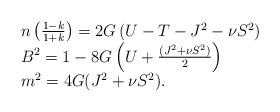
LaTeX: \begin{align*}\begin{array}{ll}n\left(\frac{1-k}{1+k}\right) = 2G\left( U - T - J^2 - \nu S^2\right)\\B^2= 1-8G\left(U + \frac{(J^2 + \nu S^2)}{2}\right)\\m^2= 4G(J^2 + \nu S^2).\end{array}\end{align*}